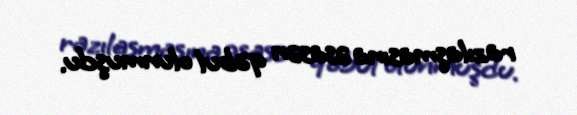
razılaşmasına əsasən qəbul olunmuşdu.